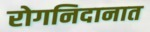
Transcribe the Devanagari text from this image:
रोगनिदानात